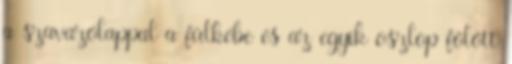
a szavazólappal a fülkébe és az egyik oszlop fölött